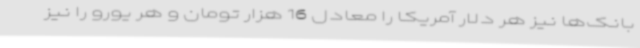
بانک‌ها نیز هر دلار آمریکا را معادل 16 هزار تومان و هر یورو را نیز